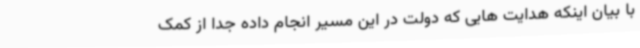
با بیان اینکه هدایت هایی که دولت در این مسیر انجام داده جدا از کمک